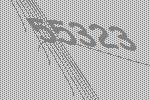
55323